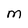
Character: M